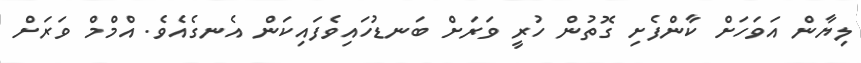
ލިޔާން އަވަހަށް ކާންފެށި ގޮތުން ހުރީ ވަރަށް ބަނޑުހައިވެފައިކަން އެނގެއެވެ. އްމްމް ވަރަށް